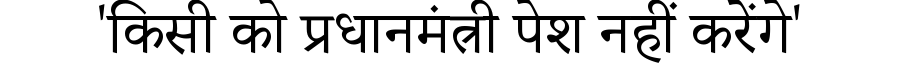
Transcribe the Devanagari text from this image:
'किसी को प्रधानमंत्री पेश नहीं करेंगे'